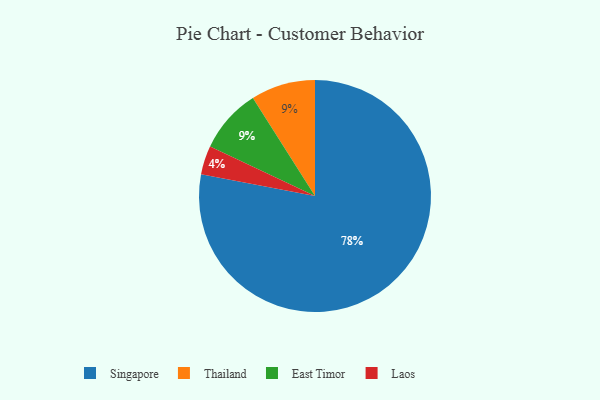
{"axis": {"x": "Category", "y": "Percentage"}, "legend": ["East Timor", "Laos", "Singapore", "Thailand"], "data": [{"x": "Thailand", "y": 9, "type": "Thailand"}, {"x": "Singapore", "y": 78, "type": "Singapore"}, {"x": "East Timor", "y": 9, "type": "East Timor"}, {"x": "Laos", "y": 4, "type": "Laos"}]}